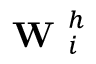
\textbf { W } _ { i } ^ { h }